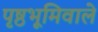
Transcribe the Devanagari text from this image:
पृष्ठभूमिवाले